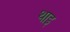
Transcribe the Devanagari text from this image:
थाइ